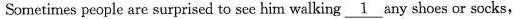
Sometimes people are surprised to see him walking \underline{1} any shoes or socks,